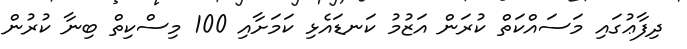
ދިފާޢުގައި މަސައްކަތް ކުރަން އަޒުމު ކަނޑައެޅި ކަމަށާއި 100 މިސްކިތް ބިނާ ކުރުން